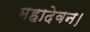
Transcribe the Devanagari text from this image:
महादेवन।